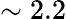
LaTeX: \sim 2.2